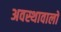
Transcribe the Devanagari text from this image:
अवस्थावालों